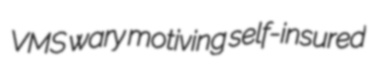
VMS wary motiving self-insured